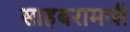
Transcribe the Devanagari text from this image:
साहबरामजी